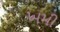
ખમી